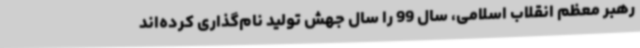
رهبر معظم انقلاب اسلامی، سال 99 را سال جهش تولید نام‌گذاری کرده‌اند